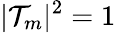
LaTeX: |\mathcal{T}_{m}|^{2}=1